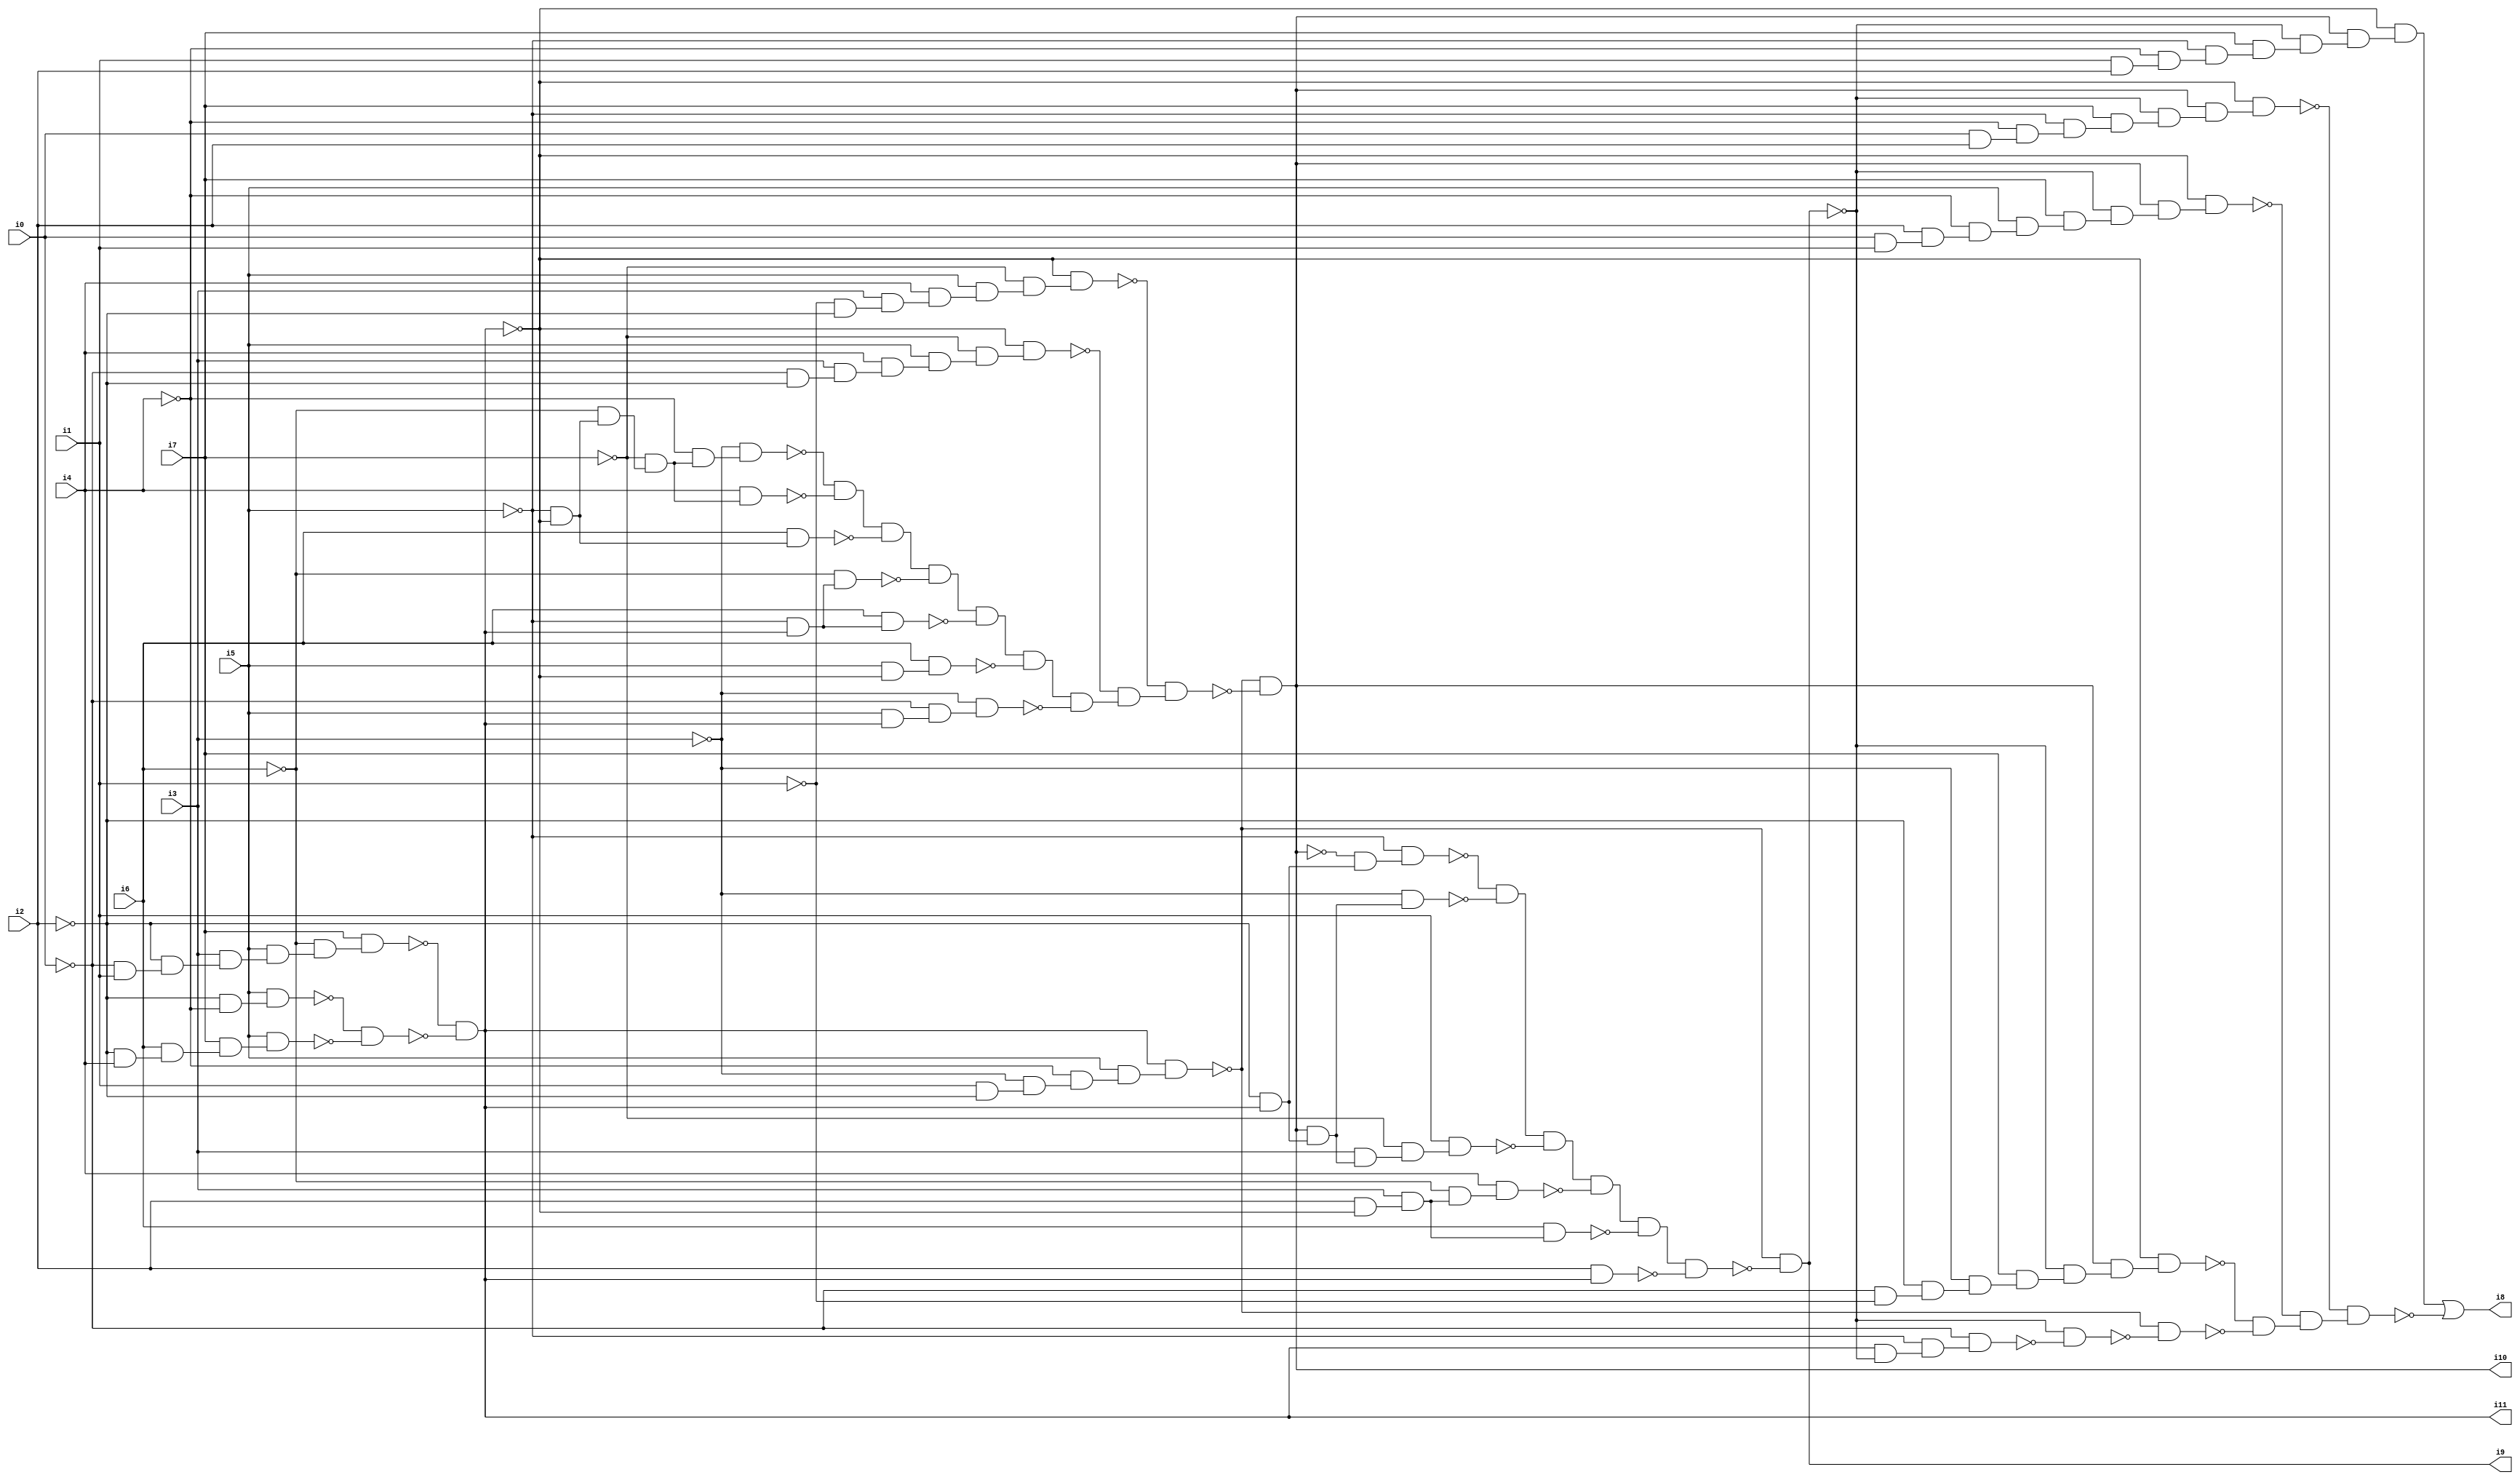
// Benchmark "SKOLEMFORMULA" written by ABC on Mon May  4 05:27:46 2020

module SKOLEMFORMULA ( 
    i0, i1, i2, i3, i4, i5, i6, i7,
    i8, i9, i10, i11  );
  input  i0, i1, i2, i3, i4, i5, i6, i7;
  output i8, i9, i10, i11;
  wire n13, n14, n15, n16, n17, n18, n19, n20, n21, n22, n23, n24, n25, n27,
    n28, n29, n30, n31, n32, n33, n34, n35, n36, n37, n38, n39, n40, n41,
    n42, n43, n44, n45, n46, n47, n48, n49, n50, n51, n52, n53, n54, n55,
    n56, n57, n58, n59, n60, n61, n62, n63, n64, n65, n66, n68, n69, n70,
    n71, n72, n73, n74, n75, n76, n77, n78, n79, n80, n81, n82, n83, n84,
    n85, n86, n88, n89, n90, n91, n92, n93, n94, n95, n96, n97, n98, n99,
    n100, n101, n102, n103, n104, n105, n106, n107, n108, n109, n110, n111,
    n112, n113, n114, n115, n116, n117, n118, n119, n120, n121, n122, n123,
    n124;
  assign n13 = ~i0 & i1;
  assign n14 = ~i2 & n13;
  assign n15 = i3 & n14;
  assign n16 = i5 & n15;
  assign n17 = ~i6 & n16;
  assign n18 = i7 & n17;
  assign n19 = ~i2 & ~i4;
  assign n20 = i5 & n19;
  assign n21 = ~i2 & i4;
  assign n22 = i6 & n21;
  assign n23 = i7 & n22;
  assign n24 = i5 & n23;
  assign n25 = ~n20 & ~n24;
  assign i11 = ~n18 & ~n25;
  assign n27 = ~i0 & ~i2;
  assign n28 = i3 & n27;
  assign n29 = i4 & n28;
  assign n30 = i5 & n29;
  assign n31 = ~i7 & n30;
  assign n32 = ~i11 & n31;
  assign n33 = ~i1 & ~i2;
  assign n34 = i3 & n33;
  assign n35 = i4 & n34;
  assign n36 = i5 & n35;
  assign n37 = ~i7 & n36;
  assign n38 = ~i11 & n37;
  assign n39 = i1 & ~i2;
  assign n40 = ~i3 & n39;
  assign n41 = ~i4 & n40;
  assign n42 = i5 & n41;
  assign n43 = i11 & n42;
  assign n44 = ~i5 & ~i11;
  assign n45 = ~i6 & n44;
  assign n46 = ~i7 & n45;
  assign n47 = ~i4 & n46;
  assign n48 = ~i3 & n47;
  assign n49 = i4 & n46;
  assign n50 = ~n48 & ~n49;
  assign n51 = i6 & n44;
  assign n52 = n50 & ~n51;
  assign n53 = ~i5 & i11;
  assign n54 = ~i6 & n53;
  assign n55 = n52 & ~n54;
  assign n56 = i6 & n53;
  assign n57 = n55 & ~n56;
  assign n58 = i5 & ~i11;
  assign n59 = i6 & n58;
  assign n60 = n57 & ~n59;
  assign n61 = i5 & i11;
  assign n62 = ~i0 & n61;
  assign n63 = ~i3 & n62;
  assign n64 = n60 & ~n63;
  assign n65 = ~n32 & n64;
  assign n66 = ~n38 & n65;
  assign i10 = ~n43 & ~n66;
  assign n68 = ~i2 & i11;
  assign n69 = ~i10 & n68;
  assign n70 = ~i5 & n69;
  assign n71 = i10 & n68;
  assign n72 = ~i3 & n71;
  assign n73 = ~n70 & ~n72;
  assign n74 = i3 & n71;
  assign n75 = ~i7 & n74;
  assign n76 = i1 & n75;
  assign n77 = n73 & ~n76;
  assign n78 = i2 & ~i11;
  assign n79 = i3 & n78;
  assign n80 = ~i6 & n79;
  assign n81 = i4 & n80;
  assign n82 = n77 & ~n81;
  assign n83 = i6 & n79;
  assign n84 = n82 & ~n83;
  assign n85 = i2 & i11;
  assign n86 = n84 & ~n85;
  assign i9 = ~n43 & ~n86;
  assign n88 = ~i0 & ~i1;
  assign n89 = ~i2 & n88;
  assign n90 = ~i3 & n89;
  assign n91 = i7 & n90;
  assign n92 = ~i9 & n91;
  assign n93 = i10 & n92;
  assign n94 = ~i11 & n93;
  assign n95 = i0 & i1;
  assign n96 = i2 & n95;
  assign n97 = ~i4 & n96;
  assign n98 = i5 & n97;
  assign n99 = i7 & n98;
  assign n100 = ~i9 & n99;
  assign n101 = i10 & n100;
  assign n102 = ~i11 & n101;
  assign n103 = i0 & i2;
  assign n104 = ~i4 & n103;
  assign n105 = ~i5 & n104;
  assign n106 = i7 & n105;
  assign n107 = ~i9 & n106;
  assign n108 = i10 & n107;
  assign n109 = ~i11 & n108;
  assign n110 = i1 & i2;
  assign n111 = ~i4 & n110;
  assign n112 = ~i5 & n111;
  assign n113 = i7 & n112;
  assign n114 = ~i9 & n113;
  assign n115 = i10 & n114;
  assign n116 = ~i11 & n115;
  assign n117 = i11 & ~i9;
  assign n118 = ~i5 & n117;
  assign n119 = ~i0 & n118;
  assign n120 = ~i9 & ~n119;
  assign n121 = ~n43 & ~n120;
  assign n122 = ~n94 & ~n121;
  assign n123 = ~n102 & n122;
  assign n124 = ~n109 & n123;
  assign i8 = n116 | ~n124;
endmodule